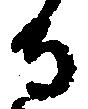
寺